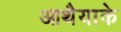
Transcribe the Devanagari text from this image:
आथैयाके